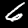
Digit: 6